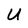
Character: U